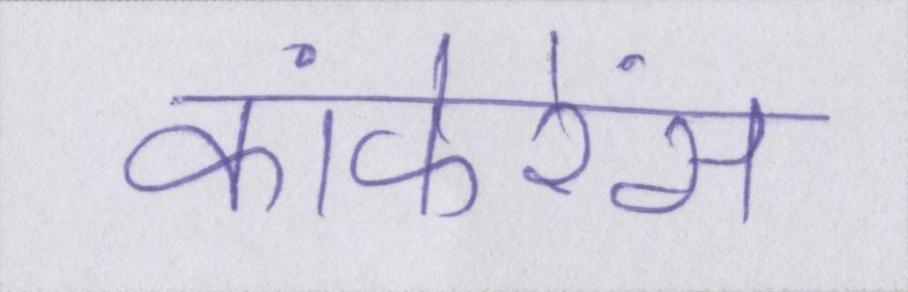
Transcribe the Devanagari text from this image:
कांफेरेंस